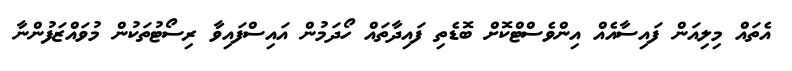
އެތައް މިލިއަން ފައިސާއެއް އިންވެސްޓްކޮށް ބޮޑެތި ފައިދާތައް ހޯދަމުން އައިސްފައިވާ ރިސޯޓުތަކުން މުވައްޒަފުންނާ